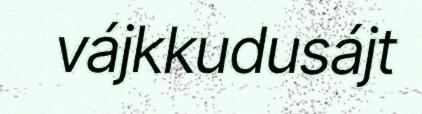
vájkkudusájt